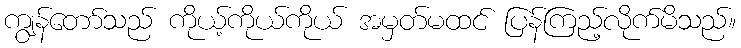
ကျွန်တော်သည် ကိုယ့်ကိုယ်ကိုယ် အမှတ်မထင် ပြန်ကြည့်လိုက်မိသည်။